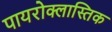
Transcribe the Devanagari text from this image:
पायरोक्लास्तिक